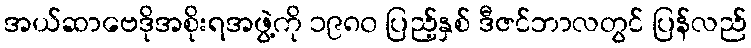
အယ်ဆာဗေဒိုအစိုးရအဖွဲ့ကို ၁၉၈၀ ပြည့်နှစ် ဒီဇင်ဘာလတွင် ပြန်လည်